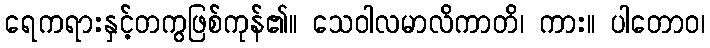
ရေကရားနှင့်တကွဖြစ်ကုန်၏။ သေဝါလမာလိကာတိ၊ ကား။ ပါတောဝ၊